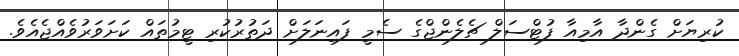
ކުރިޔަށް ގެންދާ އާމިއާ ފުޓްސަލް ޗެލެންޖްގެ ސެމީ ފައިނަލަށް ދަތުރުކުރި ޓީމުތައް ކަށަވަރުވެއްޖެއެވެ.